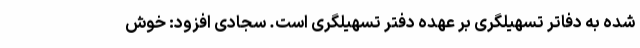
شده به دفاتر تسهیلگری بر عهده دفتر تسهیلگری است. سجادی افزود: خوش